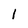
Character: 1